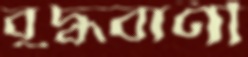
বুদ্ধবাণী